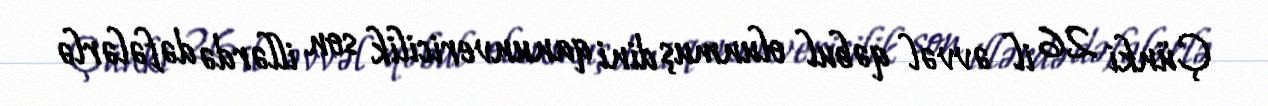
Çünki 26 il əvvəl qəbul olunmuş dini qanunvericilik son illərdə dəfələrlə